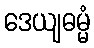
ဒေယျဓမ္မံ